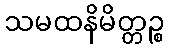
သမထနိမိတ္တဉ္စ